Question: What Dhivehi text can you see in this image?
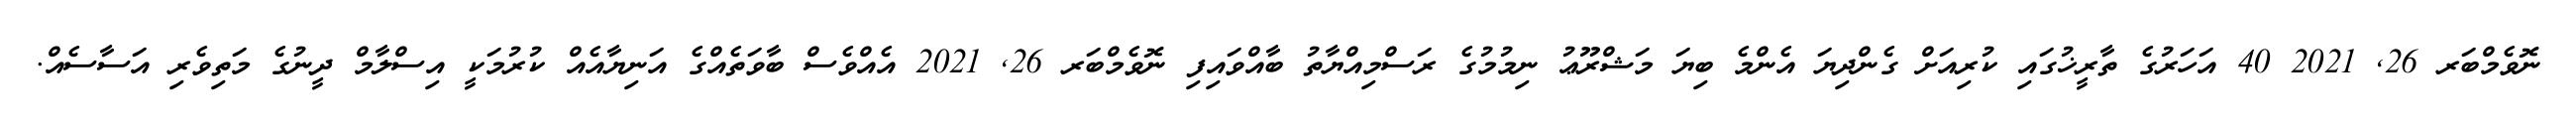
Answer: ނޮވެމްބަރ 26, 2021 40 އަހަރުގެ ތާރީޚުގައި ކުރިއަށް ގެންދިޔަ އެންމެ ބިޔަ މަޝްރޫޢު ނިމުމުގެ ރަސްމިއްޔާތު ބާއްވައިފި ނޮވެމްބަރ 26, 2021 އެއްވެސް ބާވަތެއްގެ އަނިޔާއެއް ކުރުމަކީ އިސްލާމް ދީނުގެ މަތިވެރި އަސާސެއް.